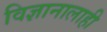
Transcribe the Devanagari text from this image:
विज्ञानालाही